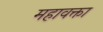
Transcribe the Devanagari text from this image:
महावक्ता